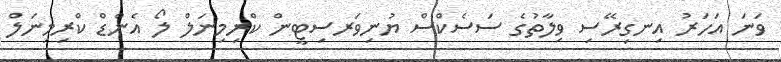
ވަނަ އަހަރު އިނގިރޭސި ވިލާތުގެ ސަސެކްސް ޔުނިވަރސިޓީން ކްރިމިނަލް ލޯ އެންޑް ކްރިމިނަލް